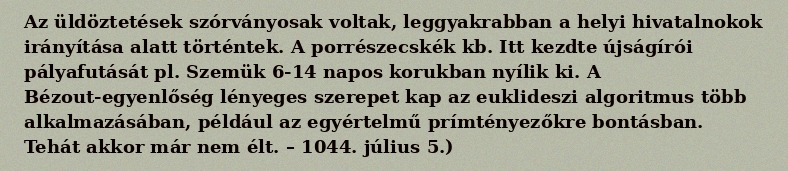
Az üldöztetések szórványosak voltak, leggyakrabban a helyi hivatalnokok irányítása alatt történtek. A porrészecskék kb. Itt kezdte újságírói pályafutását pl. Szemük 6-14 napos korukban nyílik ki. A Bézout-egyenlőség lényeges szerepet kap az euklideszi algoritmus több alkalmazásában, például az egyértelmű prímtényezőkre bontásban. Tehát akkor már nem élt. – 1044. július 5.)